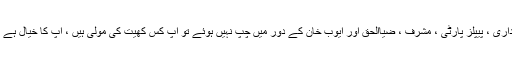
بھائی ہم نوازشریف ، زرداری ، پیپلز پارٹی ، مشرف ، ضیاالحق اور ایوب خان کے دور میں چپ نہیں ہوئے تو آپ کس کھیت کی مولی ہیں ، آپ کا خیال ہے کہ ہم چپ ہو جائیں گے ؟